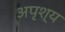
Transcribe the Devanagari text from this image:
अपृश्‍य